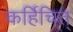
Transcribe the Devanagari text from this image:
कर्हिचित्